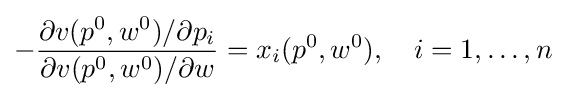
-{\frac {\partial v(p^{0},w^{0})/\partial p_{i}}{\partial v(p^{0},w^{0})/\partial w}}=x_{i}(p^{0},w^{0}),\quad i=1,\dots ,n